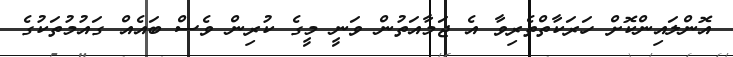
އޮންލައިންކޮށް ހަރަކާތްތެރިވާ އެ ޖަމާއަތުން ވަނީ މީގެ ކުރިން ވެސް ބައެއް ގައުމުތަކުގެ